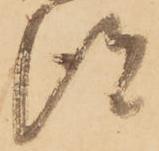
得